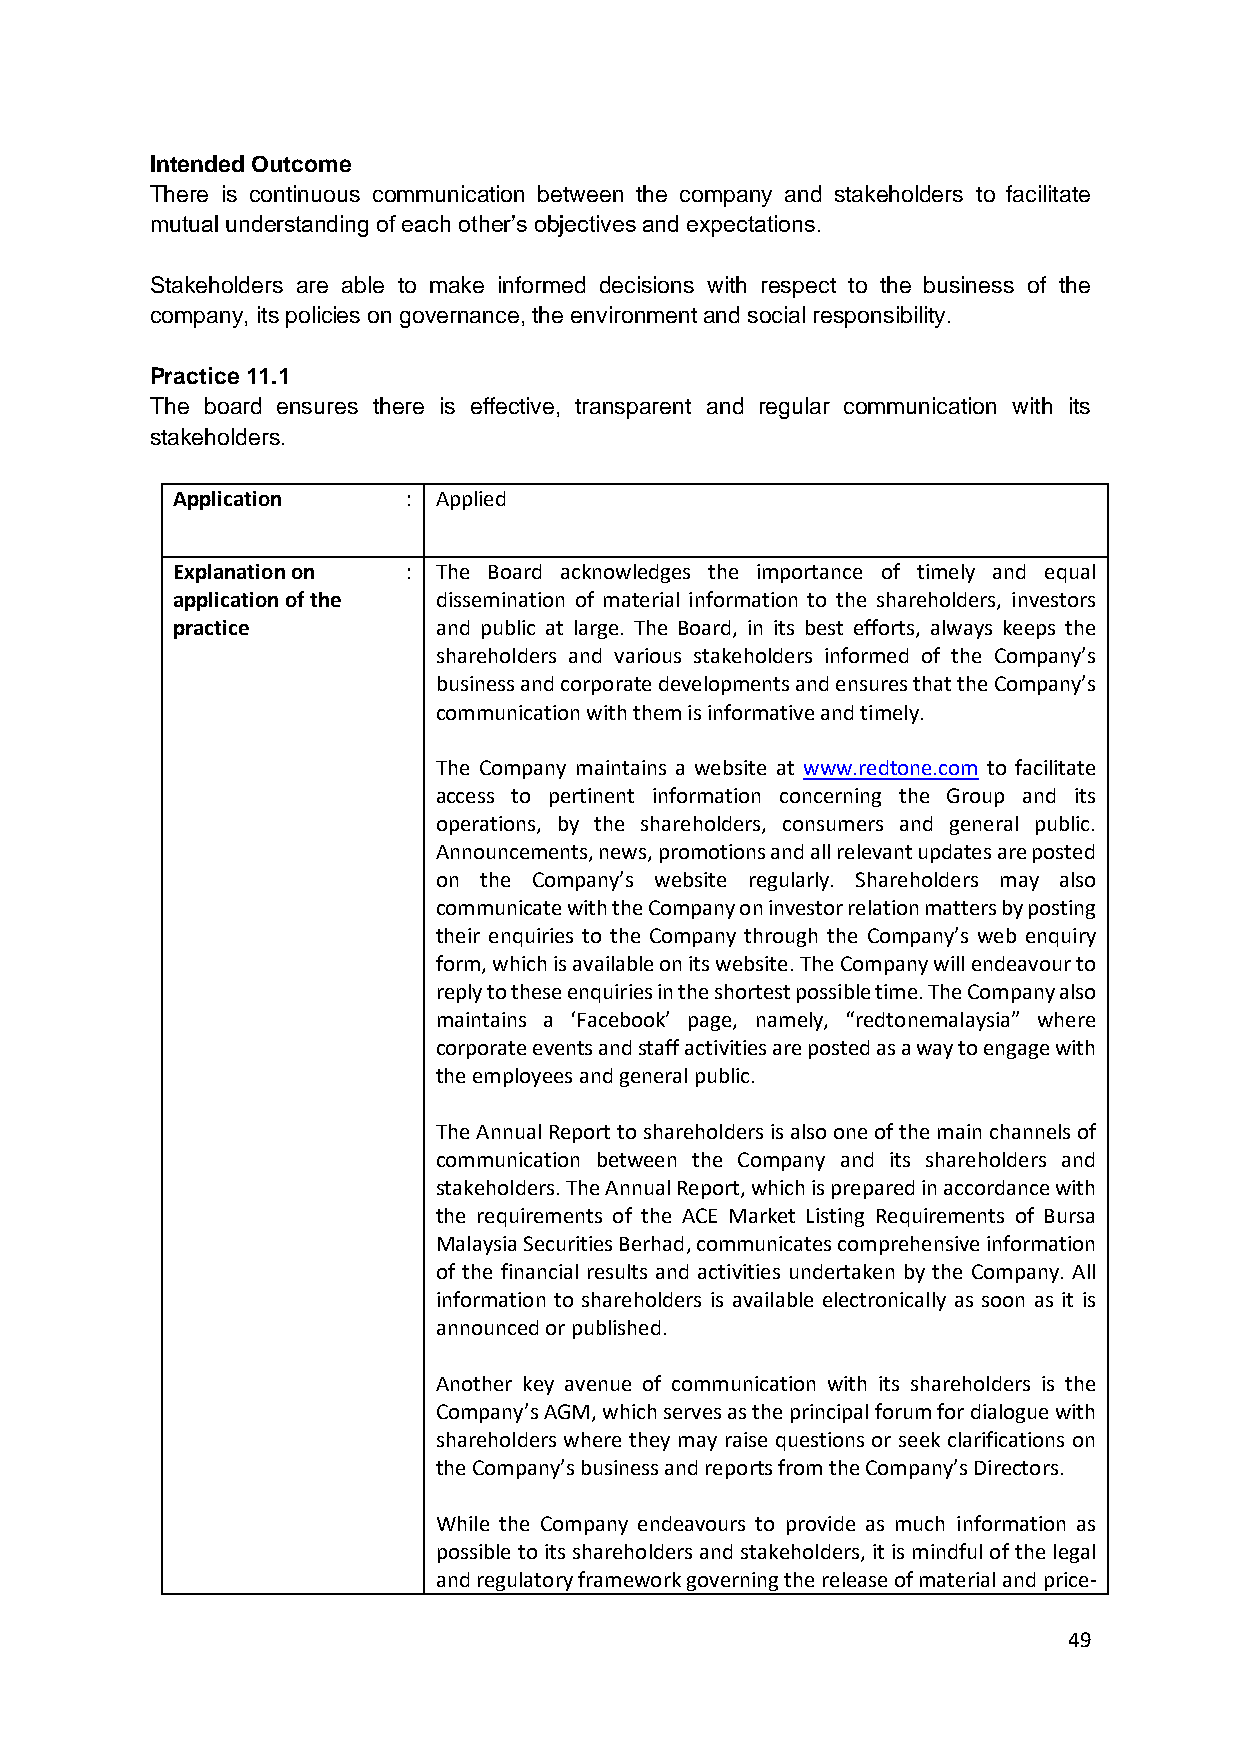
Intended Outcome
 There is continuous communication between the company and stakeholders to facilitate
 mutual understanding of each other’s objectives and expectations.
 Stakeholders are able to make informed decisions with respect to the business of the
 company, its policies on governance, the environment and social responsibility.
 Practice 11.1
 The board ensures there is effective, transparent and regular communication with its
 stakeholders.
 Application     : Applied
 Explanation on  : The Board acknowledges the importance of timely and equal
 application of the dissemination of material information to the shareholders, investors
 practice          and public at large. The Board, in its best efforts, always keeps the
 shareholders and various stakeholders informed of the Company’s
 business and corporate developments and ensures that the Company’s
 communication with them is informative and timely.
 The Company maintains a website at www.redtone.com to facilitate
 access to pertinent information concerning the Group and its
 operations, by the shareholders, consumers and general public.
 Announcements, news, promotions and all relevant updates are posted
 on the Company’s website regularly. Shareholders may also
 communicate with the Company on investor relation matters by posting
 their enquiries to the Company through the Company’s web enquiry
 form, which is available on its website. The Company will endeavour to
 reply to these enquiries in the shortest possible time. The Company also
 maintains a ‘Facebook’ page, namely, “redtonemalaysia” where
 corporate events and staff activities are posted as a way to engage with
 the employees and general public.
 The Annual Report to shareholders is also one of the main channels of
 communication between the Company and its shareholders and
 stakeholders. The Annual Report, which is prepared in accordance with
 the requirements of the ACE Market Listing Requirements of Bursa
 Malaysia Securities Berhad, communicates comprehensive information
 of the financial results and activities undertaken by the Company. All
 information to shareholders is available electronically as soon as it is
 announced or published.
 Another key avenue of communication with its shareholders is the
 Company’s AGM, which serves as the principal forum for dialogue with
 shareholders where they may raise questions or seek clarifications on
 the Company’s business and reports from the Company’s Directors.
 While the Company endeavours to provide as much information as
 possible to its shareholders and stakeholders, it is mindful of the legal
 and regulatory framework governing the release of material and price-
 49